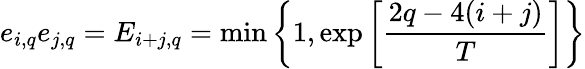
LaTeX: e_{i,q}e_{j,q}=E_{i+j,q}=\operatorname*{min}\left\{ 1,\exp\left[\frac{2q-4(i+j)}{T}\right]\right\}